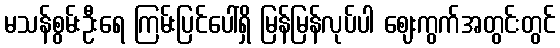
မသန်စွမ်းဦးရေ ကြမ်းပြင်ပေါ်ရှိ မြန်မြန်လုပ်ပါ ဈေးကွက်အတွင်းတွင်